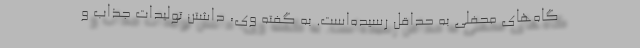
گاه‌های محفلی به حداقل رسیده‌است. به گفته وی، داشتن تولیدات جذاب و